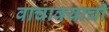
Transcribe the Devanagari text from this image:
वाचावयाचीं